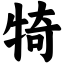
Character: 犄